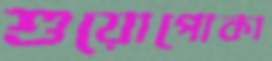
শুয়োপোকা